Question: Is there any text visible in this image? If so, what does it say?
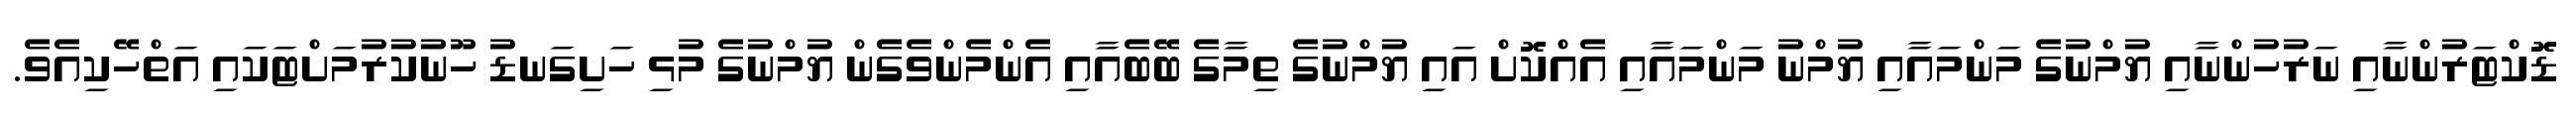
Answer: ޑޮކްޓަރުންނާއި ނަރުހުންނާއި ޔުމްނުގެ މަންމައާއި ޔުމްނު މަންމައާއި އެއްކޮށް އައި ޔުމްނުގެ ތިމާގެ ބޭބެއާއި އެންމެންވެގެން ޔުމްނުގެ މުޅި ހަށިގަނޑު ހޫނުކުރުމަށްޓަކައި އަތްހޭކިއެވެ.